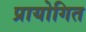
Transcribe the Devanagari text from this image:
प्रायोगित